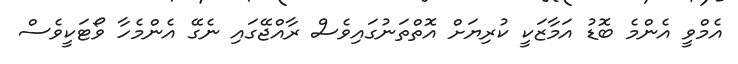
އެމްވީ އެންމެ ބޮޑު އަމާޒަކީ ކުރިޔަށް އޮތްތަނުގައިވެސް ރާއްޖޭގައި ނެގޭ އެންމެހާ ވޯޓަކީވެސް